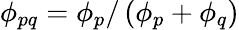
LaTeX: \phi_{pq}=\phi_{p}/\left(\phi_{p}+\phi_{q}\right)